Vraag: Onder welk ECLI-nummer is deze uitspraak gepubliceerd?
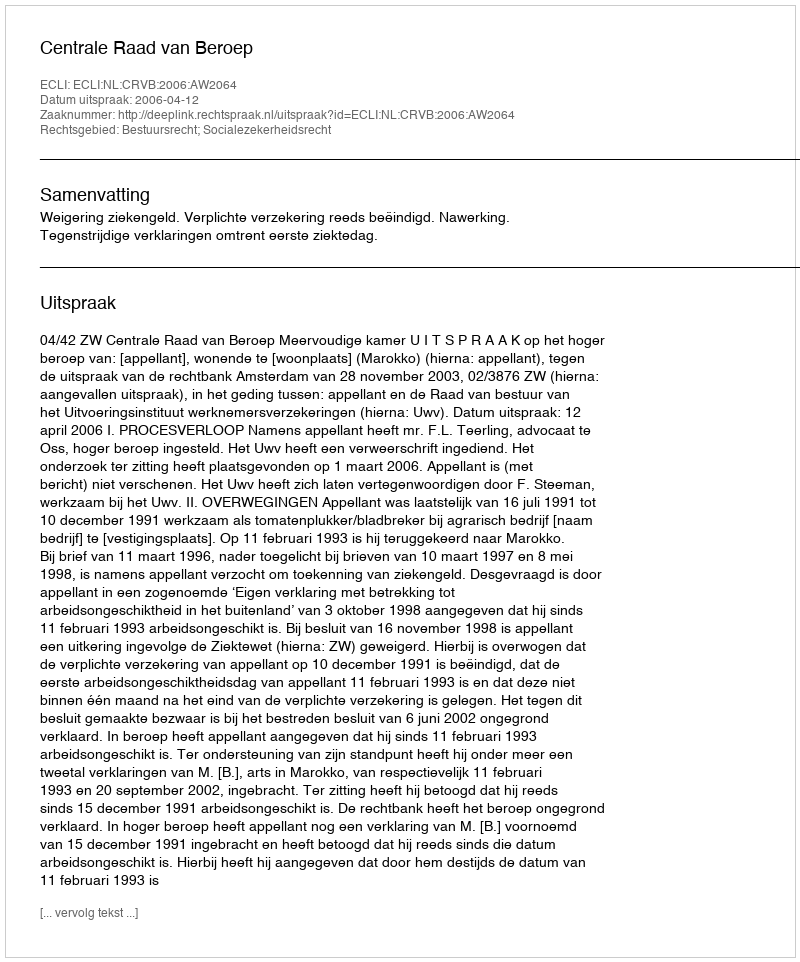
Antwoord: ECLI:NL:CRVB:2006:AW2064